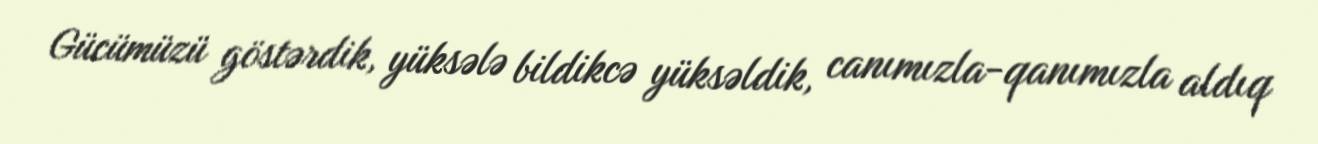
Gücümüzü göstərdik, yüksələ bildikcə yüksəldik, canımızla-qanımızla aldıq